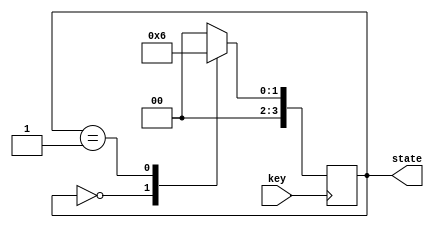
module controller(
	key,
	state
);

input		key;

output	[3:0]	state;

reg		[3:0]	current_state, next_state;

parameter	[3:0]	A = 3'b000 , B = 3'b001, C =3'b010; //A: clock mode B: timer mode C: stop_watch mode

always @(posedge key)
begin
	current_state <= next_state; // key      
end

always@* //  A key  B,  B key  C,  C key  A    
begin
	case(current_state)
		A : next_state = B;
		B : next_state = C;
		C : next_state = A;
		default : next_state = A;
	endcase
end

assign state = current_state;

endmodule